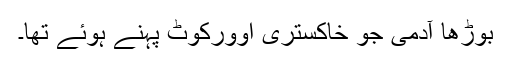
بوڑھا آدمی جو خاکستری اوورکوٹ پہنے ہوئے تھا۔